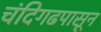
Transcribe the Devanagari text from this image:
चंदिगढपासून